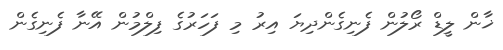
ޚާން ލީޑް ރޯލުން ފެނިގެންދިޔަ އިރު މި ފަހަރުގެ ފިލްމުން އޭނާ ފެނިގެން